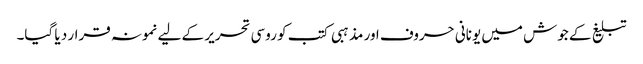
تبلیغ کے جوش میں یونانی حروف اور مذہبی کتب کو روسی تحریر کے لیے نمونہ قرار د یا گیا۔